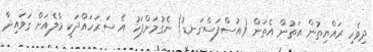
ދިވެހި ރައްޔިތުން އަތުން އެތަން (އުސްފަސްގަނޑު) ނެގުމަށްފަހު އެ ސަރަހައްދަކީ މާލެއަށް ގަވައިދާ